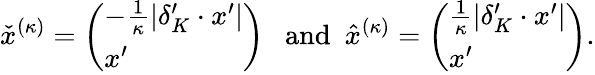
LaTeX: \check{x}^{(\kappa)}=\left(\begin{array}{l}{-\frac 1\kappa|\delta_{K}^{\prime}\cdot x^{\prime}|}\\ {x^{\prime}}\end{array}\right)\mathrm{~\ ~and~\ }\hat{x}^{(\kappa)}=\left(\begin{array}{l}{\frac 1\kappa|\delta_{K}^{\prime}\cdot x^{\prime}|}\\ {x^{\prime}}\end{array}\right).